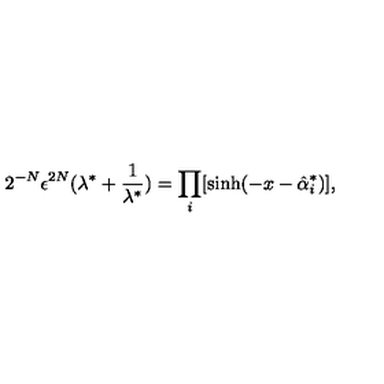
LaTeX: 2 ^ { - N } \epsilon ^ { 2 N } ( \lambda ^ { * } + \frac { 1 } { \lambda ^ { * } } ) = \prod _ { i } [ \sinh ( - x - \hat { \alpha } _ { i } ^ { * } ) ] ,